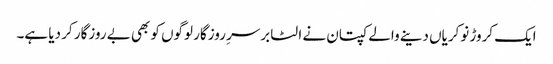
ایک کروڑ نوکریاں دینے والے کپتان نے الٹا برسرِ روزگار لوگوں کو بھی بے روزگار کر دیا ہے۔